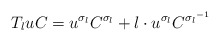
\begin{align*}T_luC=u^{\sigma_l}C^{\sigma_l}+l\cdot u^{\sigma_l}C^{{\sigma_l}^{-1}}\end{align*}